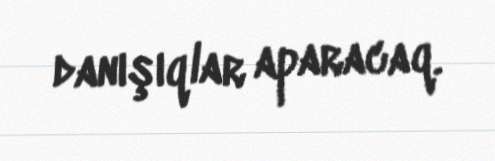
danışıqlar aparacaq.